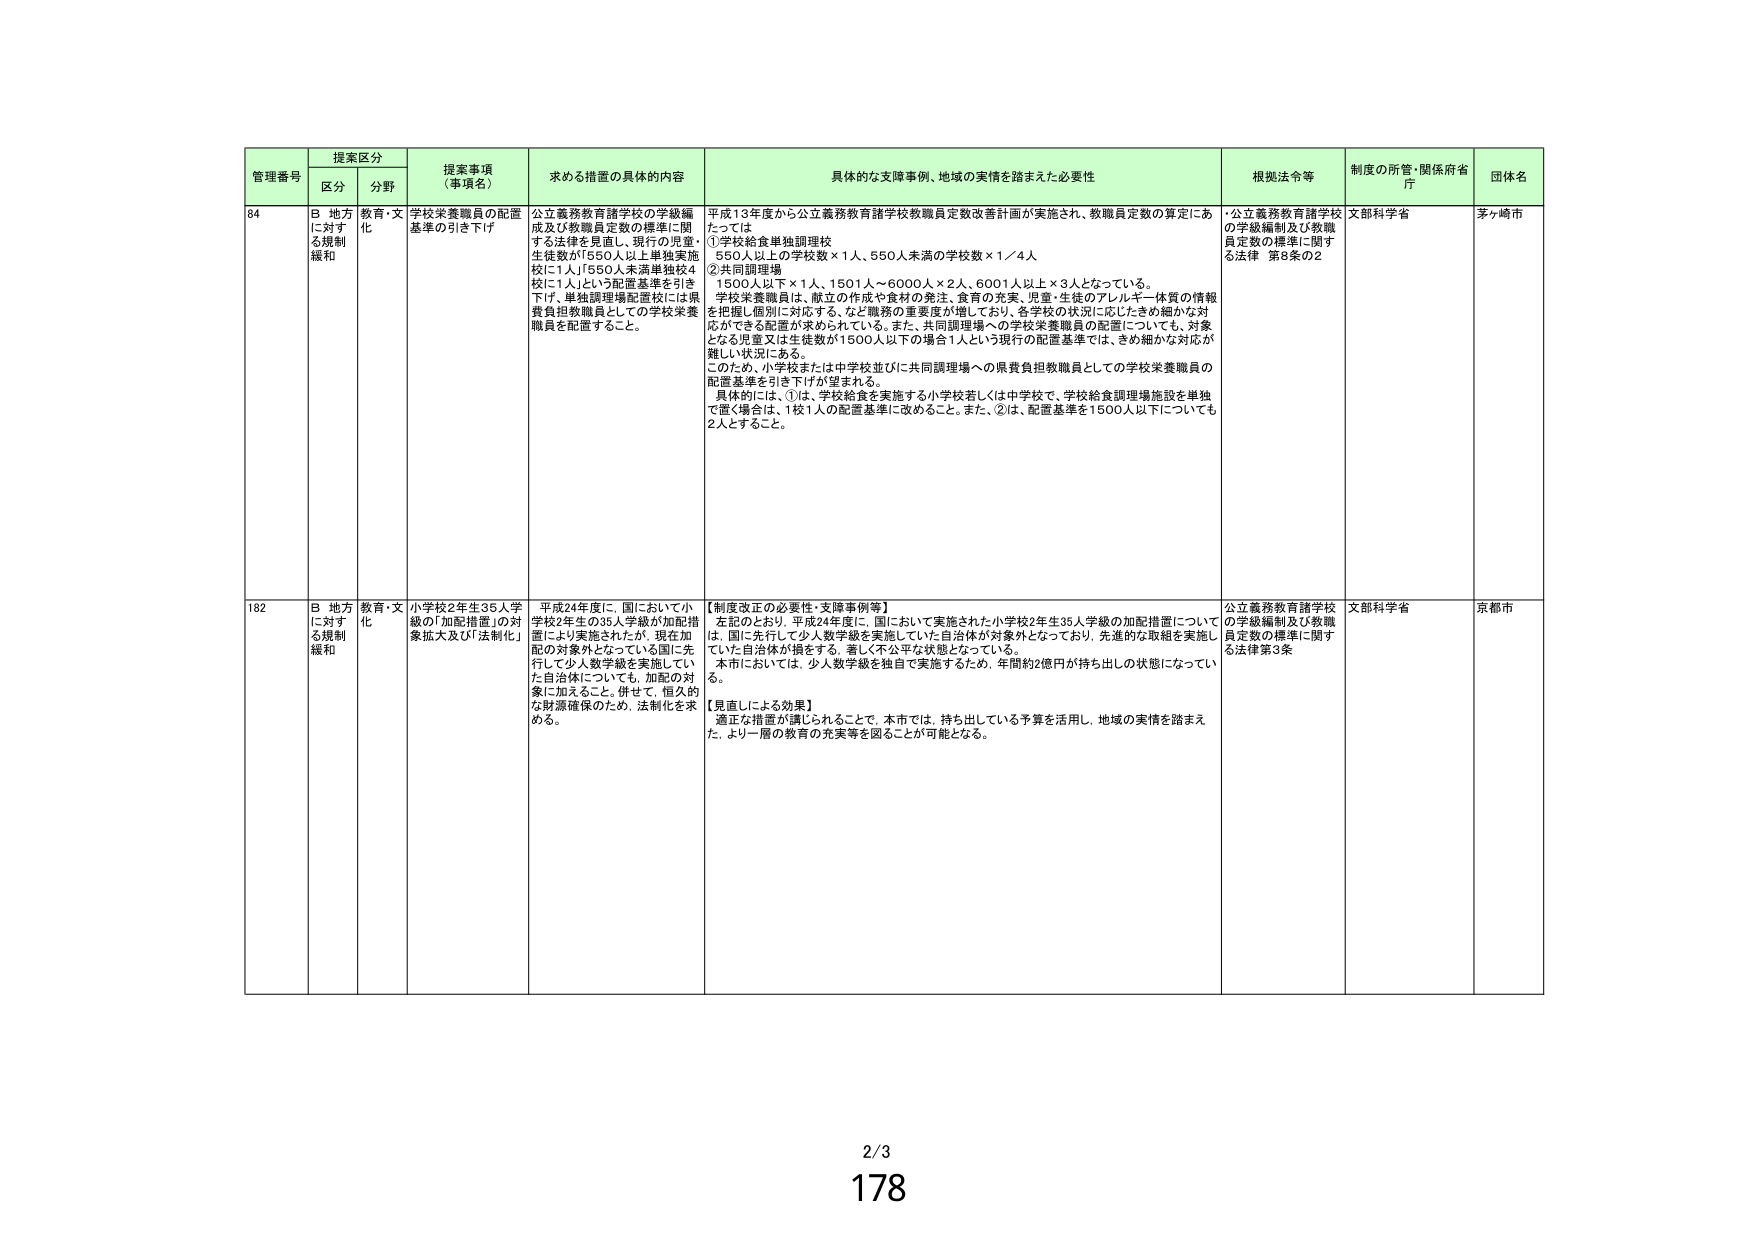
管理番号 提案区分 提案事項（事項名） 求める措置の具体的内容 具体的な支援事例、地域の実情を踏まえた必要性 根拠法令等 制度の所管・関係府省庁 団体名
区分 分野
84 B 地方に対する規制緩和 教育・文化 学校栄養職員の配置基準の引き下げ 公立義務教育諸学校の学級編成及び教職員定数の標準に関する法律を見直し、現行の児童・生徒数が「550人以上単独実施校に1人」「550人未満単独校4校に1人」という配置基準を引き下げ、単独調理場配置校には県費負担教職員としての学校栄養職員を配置すること。 平成13年度から公立義務教育諸学校教職員定数改善計画が実施され、教職員定数の算定にあたっては ①学校給食単独調理校 550人以上の学校数×1人、550人未満の学校数×1／4人 ②共同調理場 1500人以下×1人、1501人～6000人×2人、6001人以上×3人となっている。 学校栄養職員は、献立の作成や食材の発注、食育の充実、児童・生徒のアレルギー体質の情報を把握し個別に対応する、など職務の重要度が増しており、各学校の状況に応じたきめ細かな対応ができる配置が求められている。また、共同調理場への学校栄養職員の配置についても、対象となる児童又は生徒数が1500人以下の場合1人という現行の配置基準では、きめ細かな対応が難しい状況にある。 このため、小学校または中学校並びに共同調理場への県費負担教職員としての学校栄養職員の配置基準を引き下げが望まれる。 具体的には、①は、学校給食を実施する小学校若しくは中学校で、学校給食調理場施設を単独で置く場合は、1校1人の配置基準に改めること。また、②は、配置基準を1500人以下についても2人とすること。 ・公立義務教育諸学校の学級編制及び教職員定数の標準に関する法律 第8条の2 文部科学省 茅ヶ崎市
182 B 地方に対する規制緩和 教育・文化 小学校2年生35人学級の「加配措置」の対象拡大及び「法制化」 平成24年度に、国において小学校2年生の35人学級が加配措置により実施されたが、現在加配の対象外となっている国に先行して少人数学級を実施していた自治体についても、加配の対象に加えること。併せて、恒久的な財源確保のため、法制化を求める。 【制度改正の必要性・支障事例等】 左記のとおり、平成24年度に、国において実施された小学校2年生35人学級の加配措置については、国に先行して少人数学級を実施していた自治体が対象外となっており、先進的な取組を実施していた自治体が損をする、著しく不公平な状態となっている。 本市においては、少人数学級を独自で実施するため、年間約2億円が持ち出しの状態になっている。 【見直しによる効果】 適正な措置が講じられることで、本市では、持ち出している予算を活用し、地域の実情を踏まえた、より一層の教育の充実等を図ることが可能となる。 公立義務教育諸学校の学級編制及び教職員定数の標準に関する法律第3条 文部科学省 京都市
2/3
178